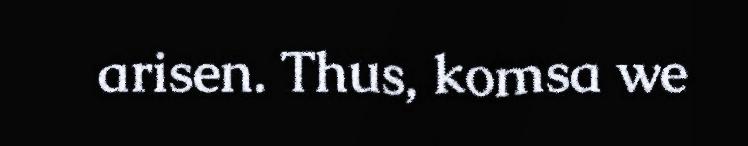
arisen. Thus, komsa we